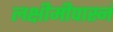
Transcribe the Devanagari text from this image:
लक्षीमीपास्नं